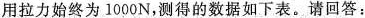
用拉力始终为1000N，测得的数据如下表。请回答：